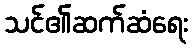
သင်၏ဆက်ဆံရေး